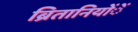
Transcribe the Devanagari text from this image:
ब्रितानियोंें